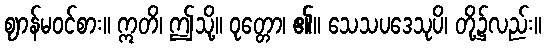
ဈာန်မဝင်စား။ ဣတိ၊ ဤသို့။ ဝုတ္တော၊ ၏။ သေသပဒေသုပိ၊ တို့၌လည်း။